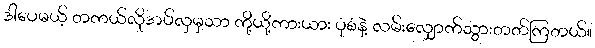
ဒါပေမယ့် တကယ်လိုအပ်လှမှသာ ကို့ယို့ကားယား ပုံစံနဲ့ လမ်းလျှောက်သွားတတ်ကြတယ်။